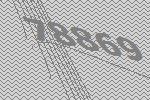
78869